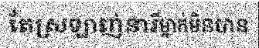
តែស្រឡាញ់នារីម្នាក់មិនបាន